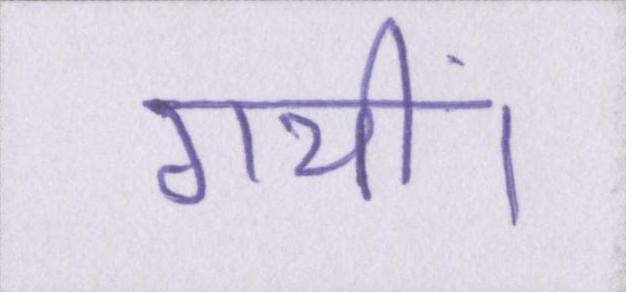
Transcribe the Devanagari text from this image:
गयीं।